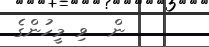
ން  ވި މީހުންގެ